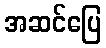
အဆင်ပြေ